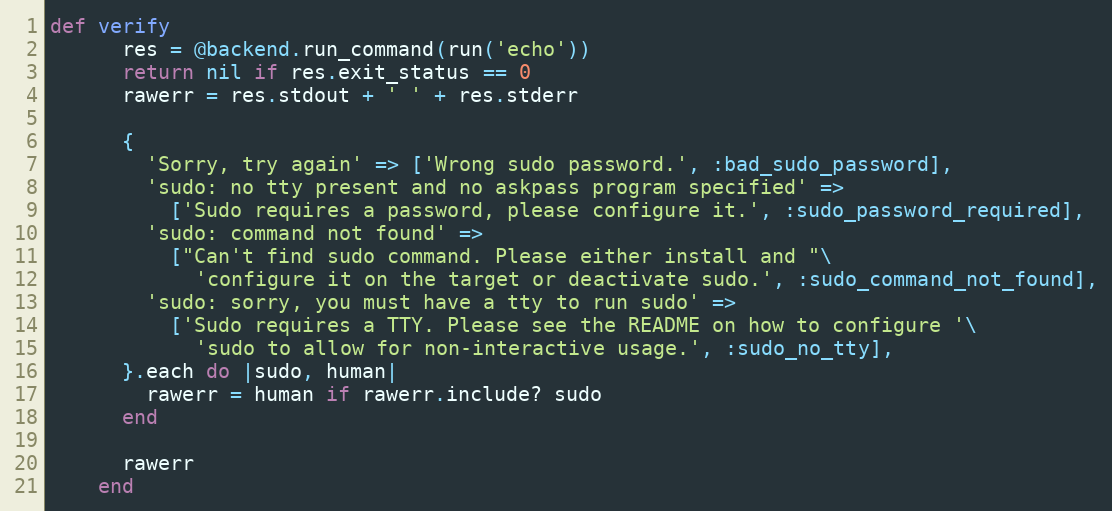
Language: Ruby
def verify
      res = @backend.run_command(run('echo'))
      return nil if res.exit_status == 0
      rawerr = res.stdout + ' ' + res.stderr

      {
        'Sorry, try again' => ['Wrong sudo password.', :bad_sudo_password],
        'sudo: no tty present and no askpass program specified' =>
          ['Sudo requires a password, please configure it.', :sudo_password_required],
        'sudo: command not found' =>
          ["Can't find sudo command. Please either install and "\
            'configure it on the target or deactivate sudo.', :sudo_command_not_found],
        'sudo: sorry, you must have a tty to run sudo' =>
          ['Sudo requires a TTY. Please see the README on how to configure '\
            'sudo to allow for non-interactive usage.', :sudo_no_tty],
      }.each do |sudo, human|
        rawerr = human if rawerr.include? sudo
      end

      rawerr
    end